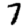
Digit: 7